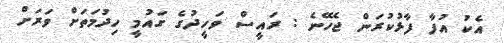
އެކު އުފާ ފާޅުކުރަން ޖެހޭނެ : ރައީސް ވަހީދުގެ ގައުމީ ހިދުމަތަށް ވަރަށް